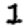
Digit: 1